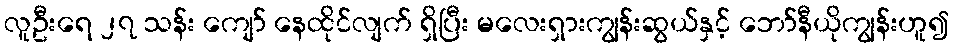
လူဦးရေ ၂၇ သန်း ကျော် နေထိုင်လျက် ရှိပြီး မလေးရှားကျွန်းဆွယ်နှင့် ဘော်နီယိုကျွန်းဟူ၍